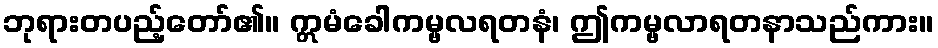
ဘုရားတပည့်တော်၏။ ဣမံခေါကမ္ဗလရတနံ၊ ဤကမ္ဗလာရတနာသည်ကား။